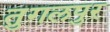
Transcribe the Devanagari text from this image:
तुगलपुर